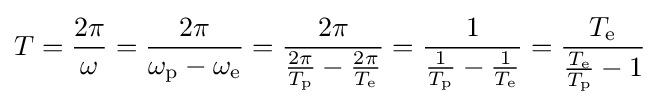
T={2\pi  \over \omega }={2\pi  \over \omega _{\mathrm {p} }-\omega _{\mathrm {e} }}={2\pi  \over {2\pi  \over T_{\mathrm {p} }}-{2\pi  \over T_{\mathrm {e} }}}={1 \over {{1 \over T_{\mathrm {p} }}-{1 \over T_{\mathrm {e} }}}}={T_{\mathrm {e} } \over {T_{\mathrm {e} } \over T_{\mathrm {p} }}-1}